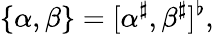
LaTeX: \{ \alpha,\beta\} =[\alpha^{\sharp},\beta^{\sharp}]^{\flat},